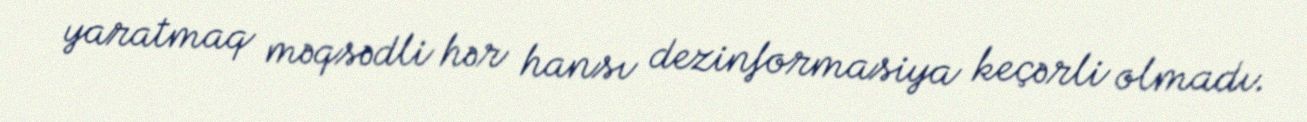
yaratmaq məqsədli hər hansı dezinformasiya keçərli olmadı.